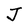
Character: J